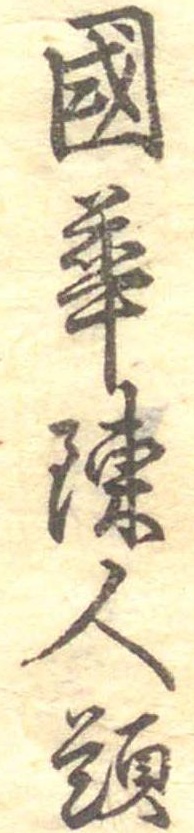
国華陳人題